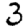
Digit: 3